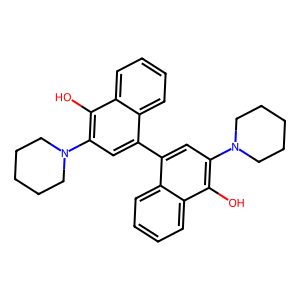
SMILES: Oc1c(N2CCCCC2)cc(-c2cc(N3CCCCC3)c(O)c3ccccc23)c2ccccc12
Inhibits HIV replication: No